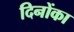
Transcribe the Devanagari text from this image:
दिनोंका